Veterinary regulations India, 1939 -
Year: 1939
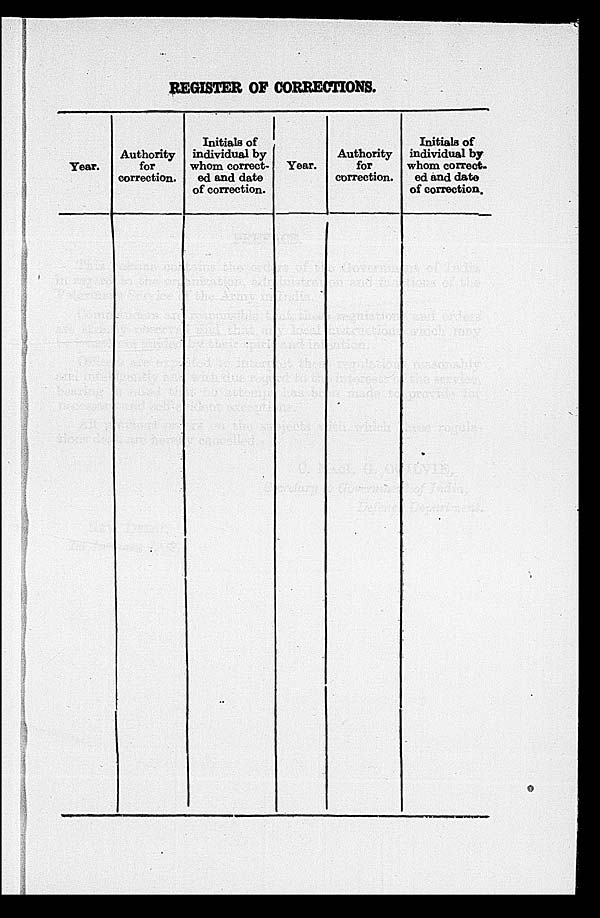
REGISTER OF CORRECTIONS.
Year.
Authority
for
correction.
Initials of
individual by
whom correct-
ed and date
of correction.
Year.
Authority
for
correction.
Initials of
individual by
whom correct.
ed and date
of correction.